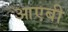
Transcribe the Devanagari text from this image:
आएबी